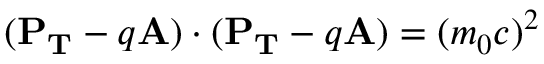
( \mathbf { P _ { T } } - q \mathbf { A } ) \cdot ( \mathbf { P _ { T } } - q \mathbf { A } ) = ( m _ { 0 } c ) ^ { 2 }